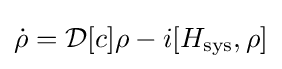
{\dot {\rho }}={\mathcal {D}}[c]\rho -i[H_{\mathrm {sys} },\rho ]